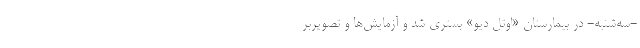
-‌سه‌شنبه- در بیمارستان «اوتل دیو» بستری شد و آزمایش‌ها و تصویربر